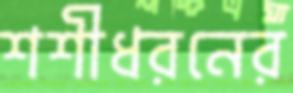
শশীধরনের